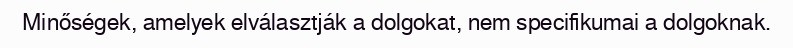
Minőségek, amelyek elválasztják a dolgokat, nem specifikumai a dolgoknak.